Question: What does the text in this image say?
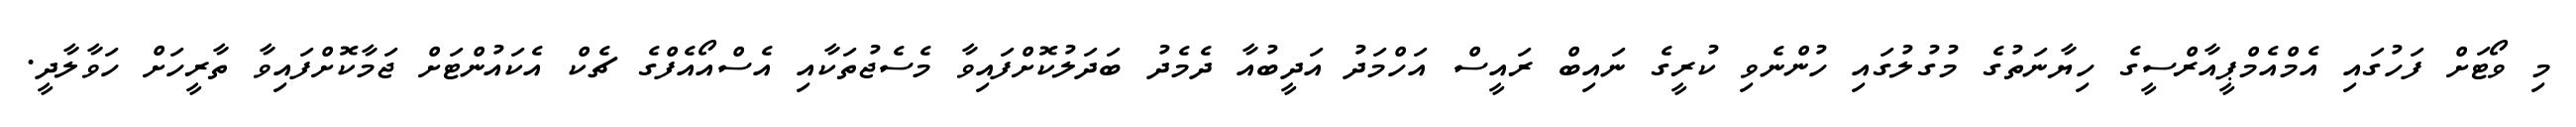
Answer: މި ވޯޓަށް ފަހުގައި އެމްއެމްޕީއާރްސީގެ ހިޔާނަތުގެ މުގުލުގައި ހުންނެވި ކުރީގެ ނައިބް ރައީސް އަހްމަދު އަދީބުއާ ދެމެދު ބަދަލުކޮށްފައިވާ މެސެޖުތަކާއި އެސްއޯއެފްގެ ޗެކް އެކައުންޓަށް ޖަމާކޮށްފައިވާ ތާރީހަށް ހަވާލާދީ.